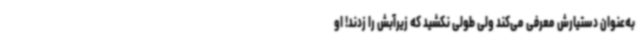
به‌عنوان دستیارش معرفی می‌کند ولی طولی نکشید که زیرآبش را زدند! او